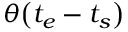
\theta \big ( t _ { e } - t _ { s } \big )